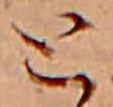
と